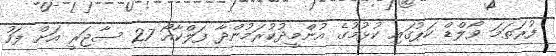
ފުރަތަމަ ވޯލްޑް ކަަޕުގައި ކުޅުމުގެ އުންމީދުކުރަމުންދާ ފަލްކާއޯ 27 ސާޖަރީ އަށް ފަހު